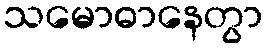
သမောဓာနေတွာ